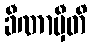
ခီဏာမှီတိ